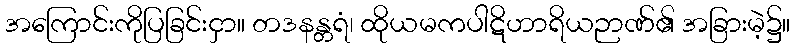
အကြောင်းကိုပြခြင်းငှာ။ တဒနန္တရံ၊ ထိုယမကပါဋိဟာရိယဉာဏ်၏ အခြားမဲ့၌။